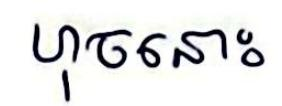
ហុចនោះ